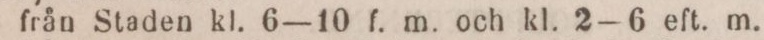
från Staden kl. 6—10 f. m. och kl. 2-6 eft. m.